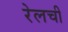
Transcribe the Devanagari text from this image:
रेलची